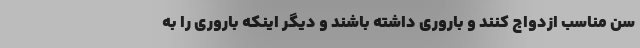
سن مناسب ازدواج کنند و باروری داشته باشند و دیگر اینکه باروری را به